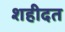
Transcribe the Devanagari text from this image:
शहीदत